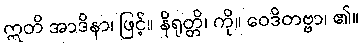
ဣတိ အာဒိနာ၊ ဖြင့်။ နိရုတ္တိ၊ ကို။ ဝေဒိတဗ္ဗာ၊ ၏။